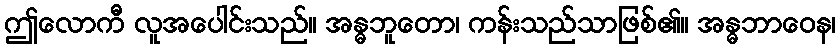
ဤလောကီ လူအပေါင်းသည်။ အန္ဓဘူတော၊ ကန်းသည်သာဖြစ်၏။ အန္ဓဘာဝေန၊